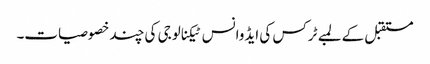
مستقبل کے لمبے ٹرکس کی ایڈوانس ٹیکنالوجی کی چند خصوصیات۔